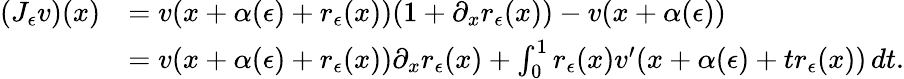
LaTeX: \begin{array}{rl}{(J_{\epsilon}v)(x)}&{=v(x+\alpha(\epsilon)+r_{\epsilon}(x))(1+\partial_{x}r_{\epsilon}(x))-v(x+\alpha(\epsilon))}\\ &{=v(x+\alpha(\epsilon)+r_{\epsilon}(x))\partial_{x}r_{\epsilon}(x)+\int_{0}^{1}r_{\epsilon}(x)v^{\prime}(x+\alpha(\epsilon)+tr_{\epsilon}(x))\, dt.}\end{array}